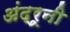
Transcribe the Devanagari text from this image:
अंद्रूनी